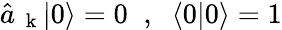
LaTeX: \hat{a}_{\mathrm{~\mathbf~k~}}|0\rangle=0\; \; ,\; \; \langle 0|0\rangle=1